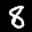
Label: 8